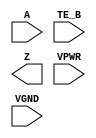
module sky130_fd_sc_hs__einvn (
    A   ,
    TE_B,
    Z   ,
    VPWR,
    VGND
);

    input  A   ;
    input  TE_B;
    output Z   ;
    input  VPWR;
    input  VGND;
endmodule